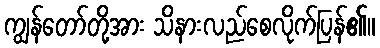
ကျွန်တော်တို့အား သိနားလည်စေလိုက်ပြန်၏။